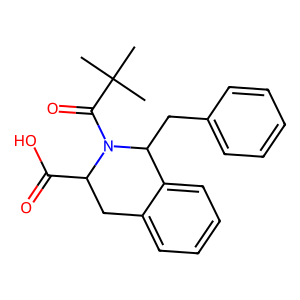
SMILES: CC(C)(C)C(=O)N1C(C(=O)O)Cc2ccccc2C1Cc1ccccc1
Inhibits HIV replication: No